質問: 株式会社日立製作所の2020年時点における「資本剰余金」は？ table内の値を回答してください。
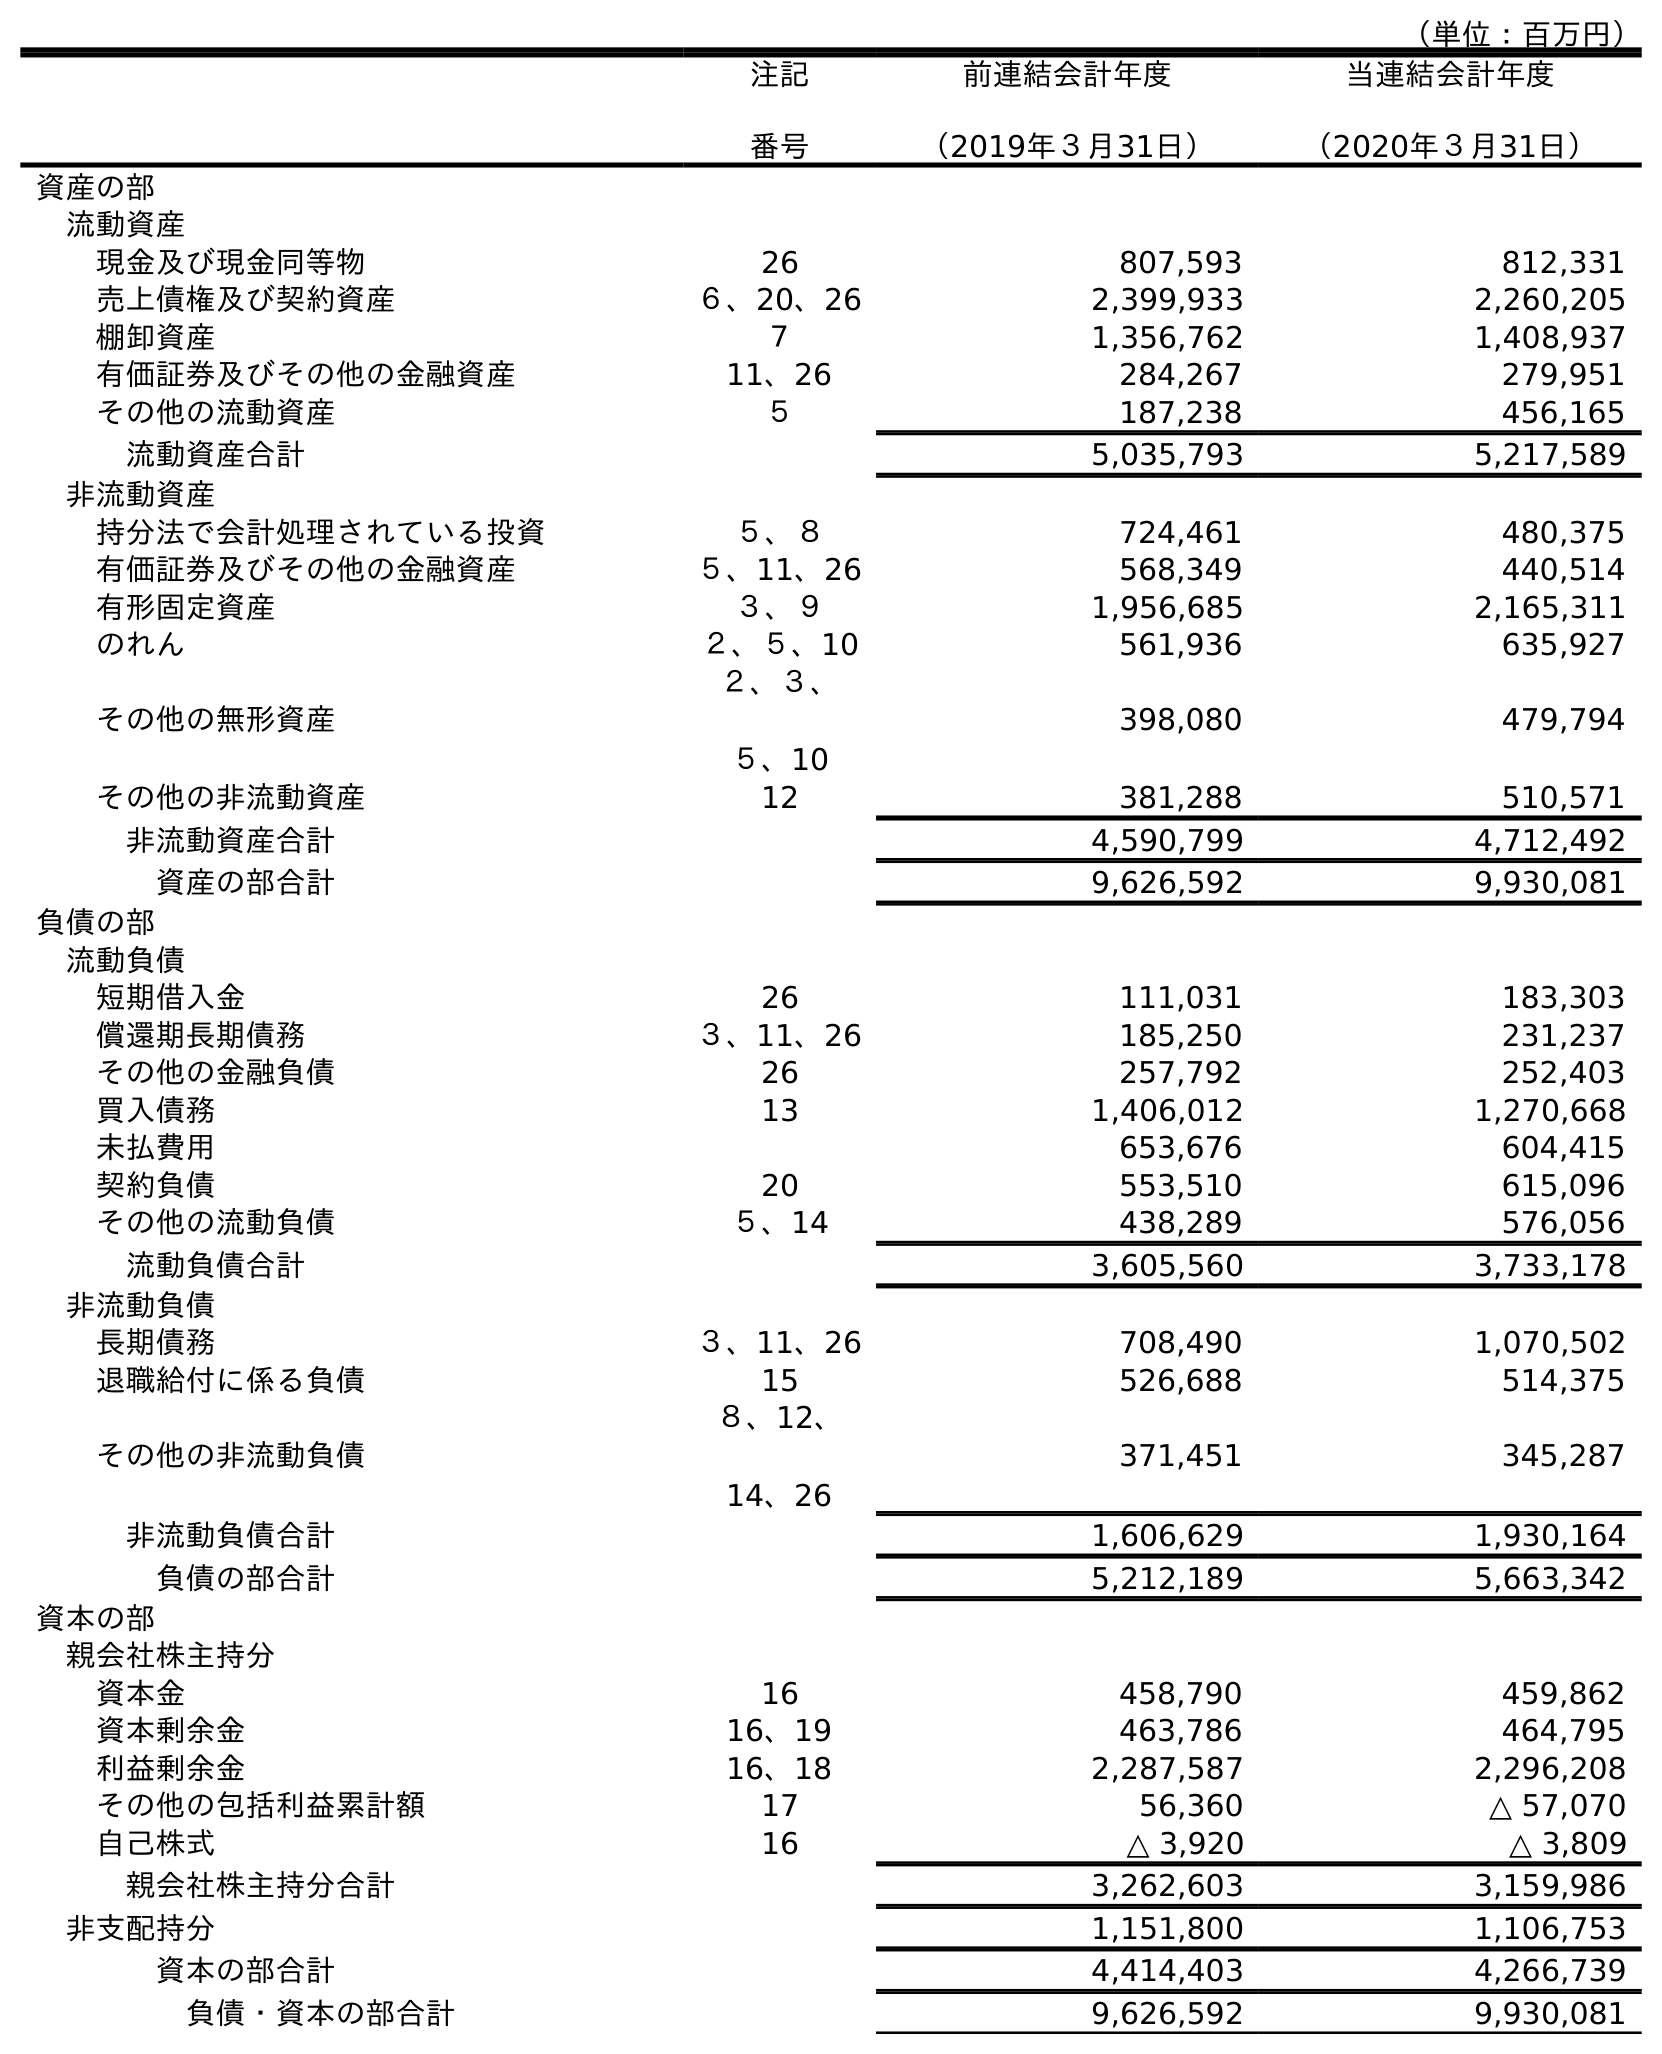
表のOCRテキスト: （単位：百万円） 注記 番号 前連結会計年度 （2019年３月31日） 当連結会計年度 （2020年３月31日） 資産の部 流動資産 現金及び現金同等物 26 807,593 812,331 売上債権及び契約資産 ６、20、26 2,399,933 2,260,205 棚卸資産 ７ 1,356,762 1,408,937 有価証券及びその他の金融資産 11、26 284,267 279,951 その他の流動資産 ５ 187,238 456,165 流動資産合計 5,035,793 5,217,589 非流動資産 持分法で会計処理されている投資 ５、８ 724,461 480,375 有価証券及びその他の金融資産 ５、11、26 568,349 440,514 有形固定資産 ３、９ 1,956,685 2,165,311 のれん ２、５、10 561,936 635,927 その他の無形資産 ２、３、 ５、10 398,080 479,794 その他の非流動資産 12 381,288 510,571 非流動資産合計 4,590,799 4,712,492 資産の部合計 9,626,592 9,930,081 負債の部 流動負債 短期借入金 26 111,031 183,303 償還期長期債務 ３、11、26 185,250 231,237 その他の金融負債 26 257,792 252,403 買入債務 13 1,406,012 1,270,668 未払費用 653,676 604,415 契約負債 20 553,510 615,096 その他の流動負債 ５、14 438,289 576,056 流動負債合計 3,605,560 3,733,178 非流動負債 長期債務 ３、11、26 708,490 1,070,502 退職給付に係る負債 15 526,688 514,375 その他の非流動負債 ８、12、 14、26 371,451 345,287 非流動負債合計 1,606,629 1,930,164 負債の部合計 5,212,189 5,663,342 資本の部 親会社株主持分 資本金 16 458,790 459,862 資本剰余金 16、19 463,786 464,795 利益剰余金 16、18 2,287,587 2,296,208 その他の包括利益累計額 17 56,360 △ 57,070 自己株式 16 △ 3,920 △ 3,809 親会社株主持分合計 3,262,603 3,159,986 非支配持分 1,151,800 1,106,753 資本の部合計 4,414,403 4,266,739 負債・資本の部合計 9,626,592 9,930,081
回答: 464,795